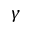
\gamma